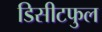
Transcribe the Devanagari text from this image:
डिसीटफुल